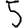
Digit: 5